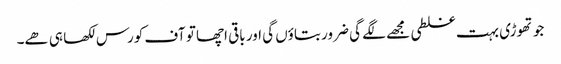
جو تھوڑی بہت غلطی مجھے لگے گی ضرور بتاؤں گی اور باقی اچھا تو آف کورس لکھا ہی ھے۔